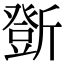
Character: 𣃆